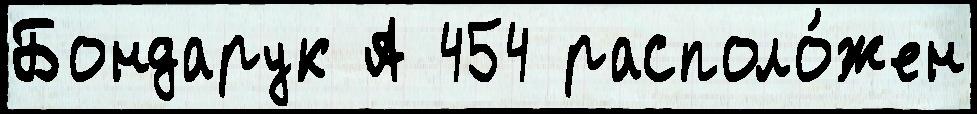
Бондарук А 454 располо́жен